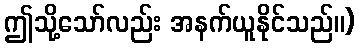
ဤသို့သော်လည်း အနက်ယူနိုင်သည်။)